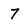
Character: 7